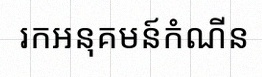
រកអនុគមន៍កំណើន